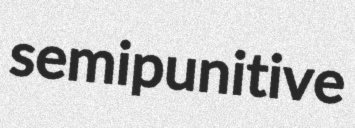
semipunitive